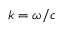
k = \omega / c